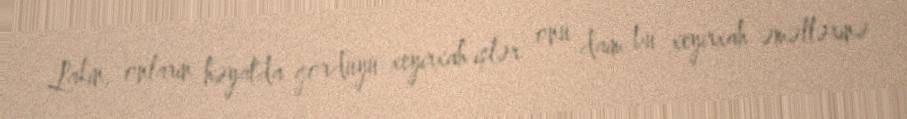
Lakin, onların həyatda gördüyü xeyirxah işlər onu daim bu xeyirxah əməllərinə